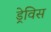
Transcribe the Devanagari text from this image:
ड्रेविस